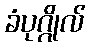
ခံပုဂ္ဂိုလ်